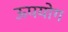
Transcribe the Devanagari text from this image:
ऊपयोग